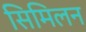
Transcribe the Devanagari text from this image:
सिमिलन